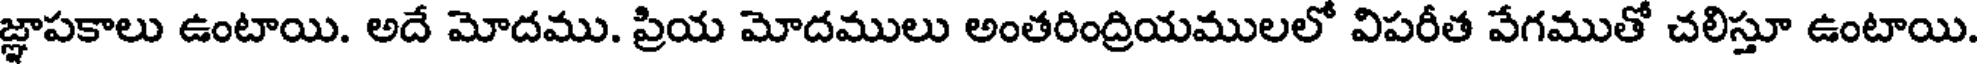
జ్ఞాపకాలు ఉంటాయి. అదే మోదము. ప్రియ మోదములు అంతరింద్రియములలో విపరీత వేగముతో చలిస్తూ ఉంటాయి.